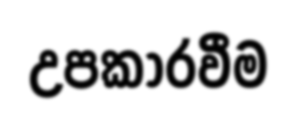
උපකාරවීම